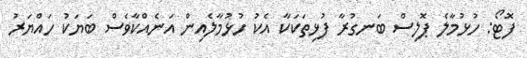
ފޮޓޯ: ހުޅުމާލެ ޕޮލިސް ބަނގުރާ ފުޅިތަކަކާ އެކު ހުޅުމާލެއިން އަނެއްކާވެސް ބަޔަކު ހައްޔަރު